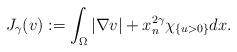
LaTeX: \begin{align*}J_{\gamma}(v) := \int_{\Omega}|\nabla v|+x_n^{2\gamma}\chi_{\{u>0 \}}dx. \end{align*}